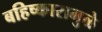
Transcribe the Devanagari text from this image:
बहिष्कारामुळे